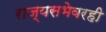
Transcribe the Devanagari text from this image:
राज्यसभेवरही